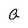
Character: a